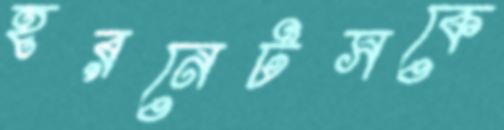
হরনেটসকে